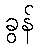
ခွန်